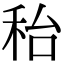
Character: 秮